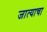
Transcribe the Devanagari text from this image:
जात्याचा